Vaccination in Bombay 1889-1901 - 1889-1901
Year: 1889
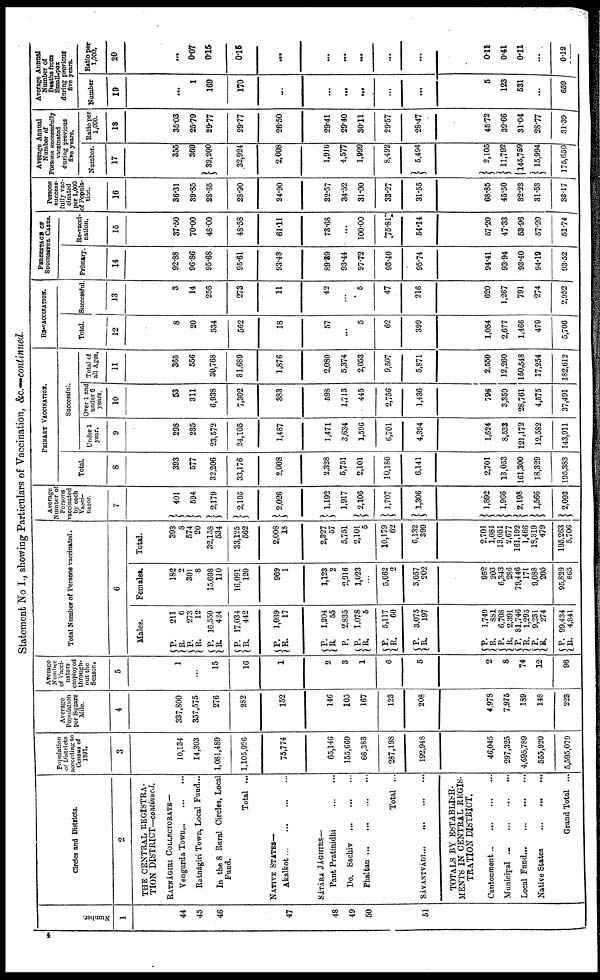
Statement No I., showing Particulars of Vaccination, &c.—continued.
Number.
1
44
45
46
47
48
49
50
51
Circles and Districts.
2
THE CENTRAL REGISTRA-
TION DISTRICT—continued.
RATNÁGIRI COLLECTORATE—
Vengurda Town...
...
...
Ratnágiri Town, Local Fund...
In the 8 Rural Circles, Local
Fund.
Total ...
NATIVE STATES—
Akalkot...
...
...
...
SÁTÁRA JÁGHIRS—
Pant Pratinidhi
...
...
Do. Sachiv
...
...
...
Phaltan...
...
...
...
Total ...
SÁVANTVÁDI...
...
...
...
TOTALS BY ESTABLISH-
MENTS IN CENTRAL REGIS-
TRATION DISTRICT.
Cantonment... ... ... ...
Municipal ...
...
...
...
Local
Fund...
...
...
...
Native States
...
...
...
Grand Total ...
Population
of Districts
according to
Census of
1891.
3
10,134
14,303
1,081,489
1,105,926
75,774
65,146
155,669
66,383
287,198
192,948
46,045
297,325
4,695,789
555,920
5,595,079
Average
Population
per Square
Mile.
4
337,800
357,575
276
282
152
146
105
167
123
208
4,978
7,975
189
148
223
Average
Number
of Vacci-
nators
employed
through-
out the
Season.
5
1
...
15
16
1
2
3
1
6
5
2
8
74
12
96
Total Number of Persons vaccinated.
6
Males.
P.
R.
P.
R.
P.
R.
P.
R.
211
6
273
12
16,550
424
17,034
442
P.
R.
1,039
17
P.
R.
P.
R.
R.
P.
R.
P.
R.
1,204
55
2,835
1,078
5
5,117
60
3,075
197
P.
R.
P. R.
P.
R.
P.
R.
P.
R.
1,749
881
6,708
2,391
81,746
1,295
9,231
274
99,434
4,841
Females.
182
2
301
8
15,608
110
16,091
120
969
1
1,123
2
2,916
1,023
...
5,062
2
3,057
202
952
203
6,343
286
79,446
171
9,088
205
95,829
865
Total.
393
8
574
20
32,158
534
33,125
562
2,008
18
2,327
57
5,751
2,101
5
10,179
62
6,132
399
2,701
1,084
13,051
2,677
161,192
1,466
18,319
479
195,263
5,706
Average
Number of
Persons
vaccinated
by each
Vacci¬
nator.
7
401
594
2,179
2,105
2,026
1,192
1,917
2,106
1,707
1,306
1,892
1,966
2,198
1,566
2,093
PRIMARY VACCINATION.
Total.
8
393
577
32,206
33,176
2,008
2,328
5,751
2,101
10,180
6,141
2,701
13,053
161,300
18,329
195,383
Successful.
Under 1
year.
9
298
235
23,572
24,105
1,487
1,471
3,634
1,596
6,701
4,394
1,624
8,533
121,172
12,582
143,911
Over 1 and
under 6
years.
10
53
311
6,938
7,302
383
598
1,713
445
2,756
1,436
796
3,359
28,761
4,575
37,491
Total of
all Ages.
11
365
556
30,768
31,689
1,876
2,080
5,374
2,053
9,507
5,871
2,550
12,260
150,548
17,254
182,612
RE-VACCINATION.
Total.
12
8
20
534
562
18
57
...
5
62
399
1,084
2,677
1,466
479
5,706
Successful.
13
3
14
256
273
11
42
...
5
47
216
620
1,267
791
274
2,952
PERCENTAGE OF
SUCCESSFUL CASES.
Primary
14
92.88
96.86
95.68
95.61
93.43
89.39
93.44
97.72
93.40
95.74
94.41
93.94
93.40
94.19
93.52
Re-vacci-
nation.
15
37.50
70.00
48.00
48.58
61.11
73.68
...
100.00
75.81
54.14
57.20
47.33
53.96
57.20
51.74
Persons
success-
fully vac-
cinated
per 1,000
of Popula-
tion.
16
36.31
39.85
28.65
28.90
24.90
32.57
34.52
31.00
33.27
31.55
68.85
45.50
32.23
31.53
33.17
Average Annual
Number of
Porsons successfully
vaccinated
during previous
five years.
Number.
17
355
369
32,200
32,924
2,008
1,916
4,577
1,999
8,492
5,494
2,105
11,792
145,759
15,994
175,650
Ratio per
1,000.
18
35.03
25.79
29.77
29.77
26.50
29.41
29.40
30.11
29.57
28.47
45.72
39.66
31.04
28.77
31.39
Average Annual
Number of
Deaths from
Small-pox
during previous
five years.
Number
19
...
1
169
170
...
...
...
...
...
...
5
123
531
...
659
Ratio per
1,000.
20
...
0.07
0.15
0.15
...
...
...
...
...
...
0.11
0.41
0.11
...
0.12
4